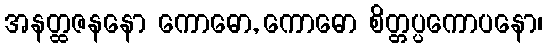
အနတ္ထဇနနော ကောဓော, ကောဓော စိတ္တပ္ပကောပနော၊